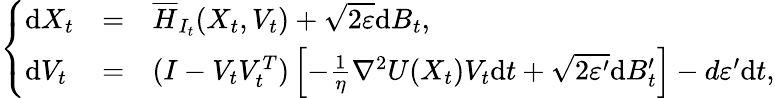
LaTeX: \left\{ \begin{array}{lll}{\mathrm{d}X_{t}}&{=}&{\overline{{H}}_{I_{t}}(X_{t},V_{t})+\sqrt{2\varepsilon}\mathrm{d}B_{t},}\\ {\mathrm{d}V_{t}}&{=}&{(I-V_{t}V_{t}^{T})\left[-\frac{1}\eta\nabla^{2}U(X_{t})V_{t}\mathrm{d}t+\sqrt{2\varepsilon^{\prime}}\mathrm{d}B_{t}^{\prime}\right]-d\varepsilon^{\prime}\mathrm{d}t,}\end{array}\right.